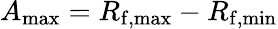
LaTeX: A_{\mathrm{max}}=R_{\mathrm{f,max}}-R_{\mathrm{f,min}}